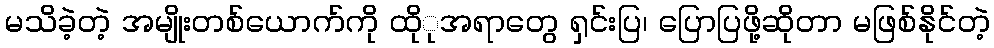
မသိခဲ့တဲ့ အမျိုးတစ်ယောက်ကို ထိုုအရာတွေ ရှင်းပြ၊ ပြောပြဖို့ဆိုတာ မဖြစ်နိုင်တဲ့